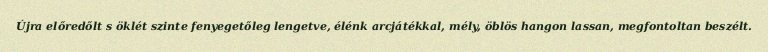
Újra előredőlt s öklét szinte fenyegetőleg lengetve, élénk arcjátékkal, mély, öblös hangon lassan, megfontoltan beszélt.